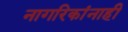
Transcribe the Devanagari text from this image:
नागरिकांनाही